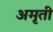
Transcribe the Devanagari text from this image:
अमृती